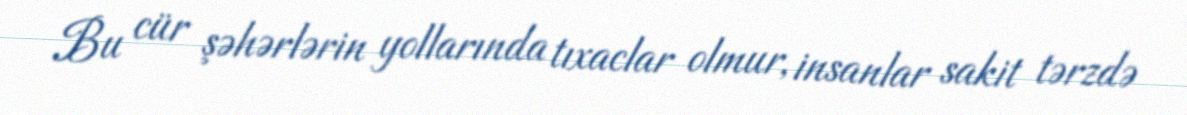
Bu cür şəhərlərin yollarında tıxaclar olmur, insanlar sakit tərzdə